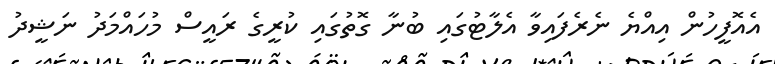
އެއޮފީހުން އިއްޔެ ނެރެފައިވާ އެލާޓުގައި ބުނާ ގޮތުގައި ކުރީގެ ރައީސް މުހައްމަދު ނަޝީދު